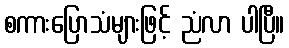
စကားပြောသံများဖြင့် ညံလာ ပါပြီ။